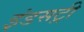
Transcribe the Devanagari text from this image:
इंडसट्री